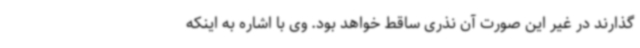
گذارند در غیر این صورت آن نذری ساقط خواهد بود. وی با اشاره به اینکه